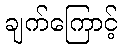
ချက်ကြောင့်